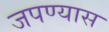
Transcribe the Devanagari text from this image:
जपण्यास